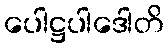
ပေါဋ္ဌပါဒေါတိ